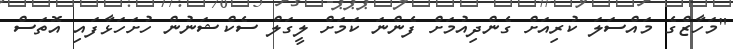
"މަހާޒްގެ މައްސަލަ ކުރިއަށް ގެންދިއުމަށް ފެންނަ ކަމަށް ލީގަލް ސެކްޝަނުން ހުށަހަޅާފައި އޮތަސް